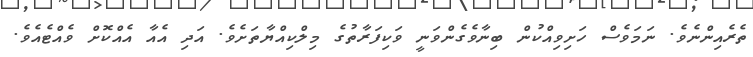
ތެރެއިންނެވެ. ނަމަވެސް ހަށިވިއްކުން ބިނާވެގެންވަނީ ވަކިފަރާތުގެ މިލްކިއްޔާތަށެވެ. އަދި އެއާ އެއްކޮށް ވެއްޓެއެވެ.